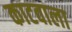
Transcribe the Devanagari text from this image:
काटवाला